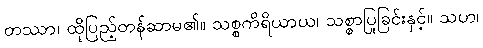
တဿာ၊ ထိုပြည့်တန်ဆာမ၏။ သစ္စကိရိယာယ၊ သစ္စာပြုခြင်းနှင့်။ သဟ၊